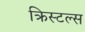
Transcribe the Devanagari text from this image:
क्रिस्टल्स